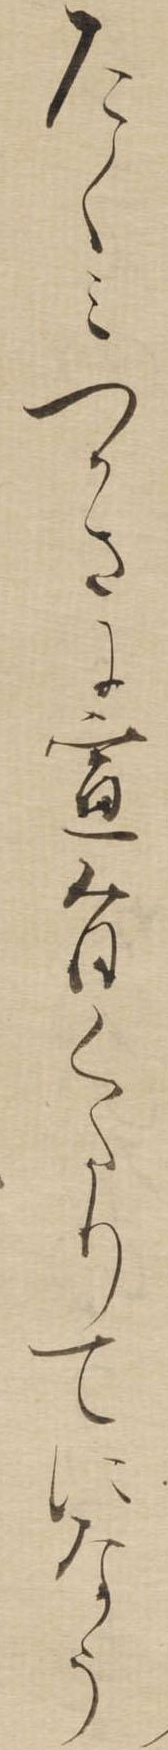
たくみつかさに宣旨くたりてになう